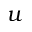
u